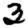
Digit: 3